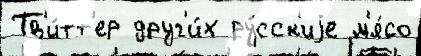
Тв'и́тт'ер друг'и́х ру́сск'иjе м'я́со